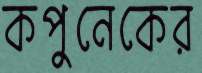
কপুনেকের